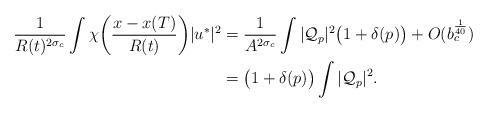
LaTeX: \begin{align*}\frac{1}{R(t)^{2\sigma_c}}\int\chi\bigg{(}\frac{x-x(T)}{R(t)}\bigg{)}|u^*|^2&=\frac{1}{A^{2\sigma_c}}\int|\mathcal{Q}_p|^2\big{(}1+\delta(p)\big{)}+O(b_c^{\frac{1}{40}})\\&=\big{(}1+\delta(p)\big{)}\int|\mathcal{Q}_p|^2.\end{align*}